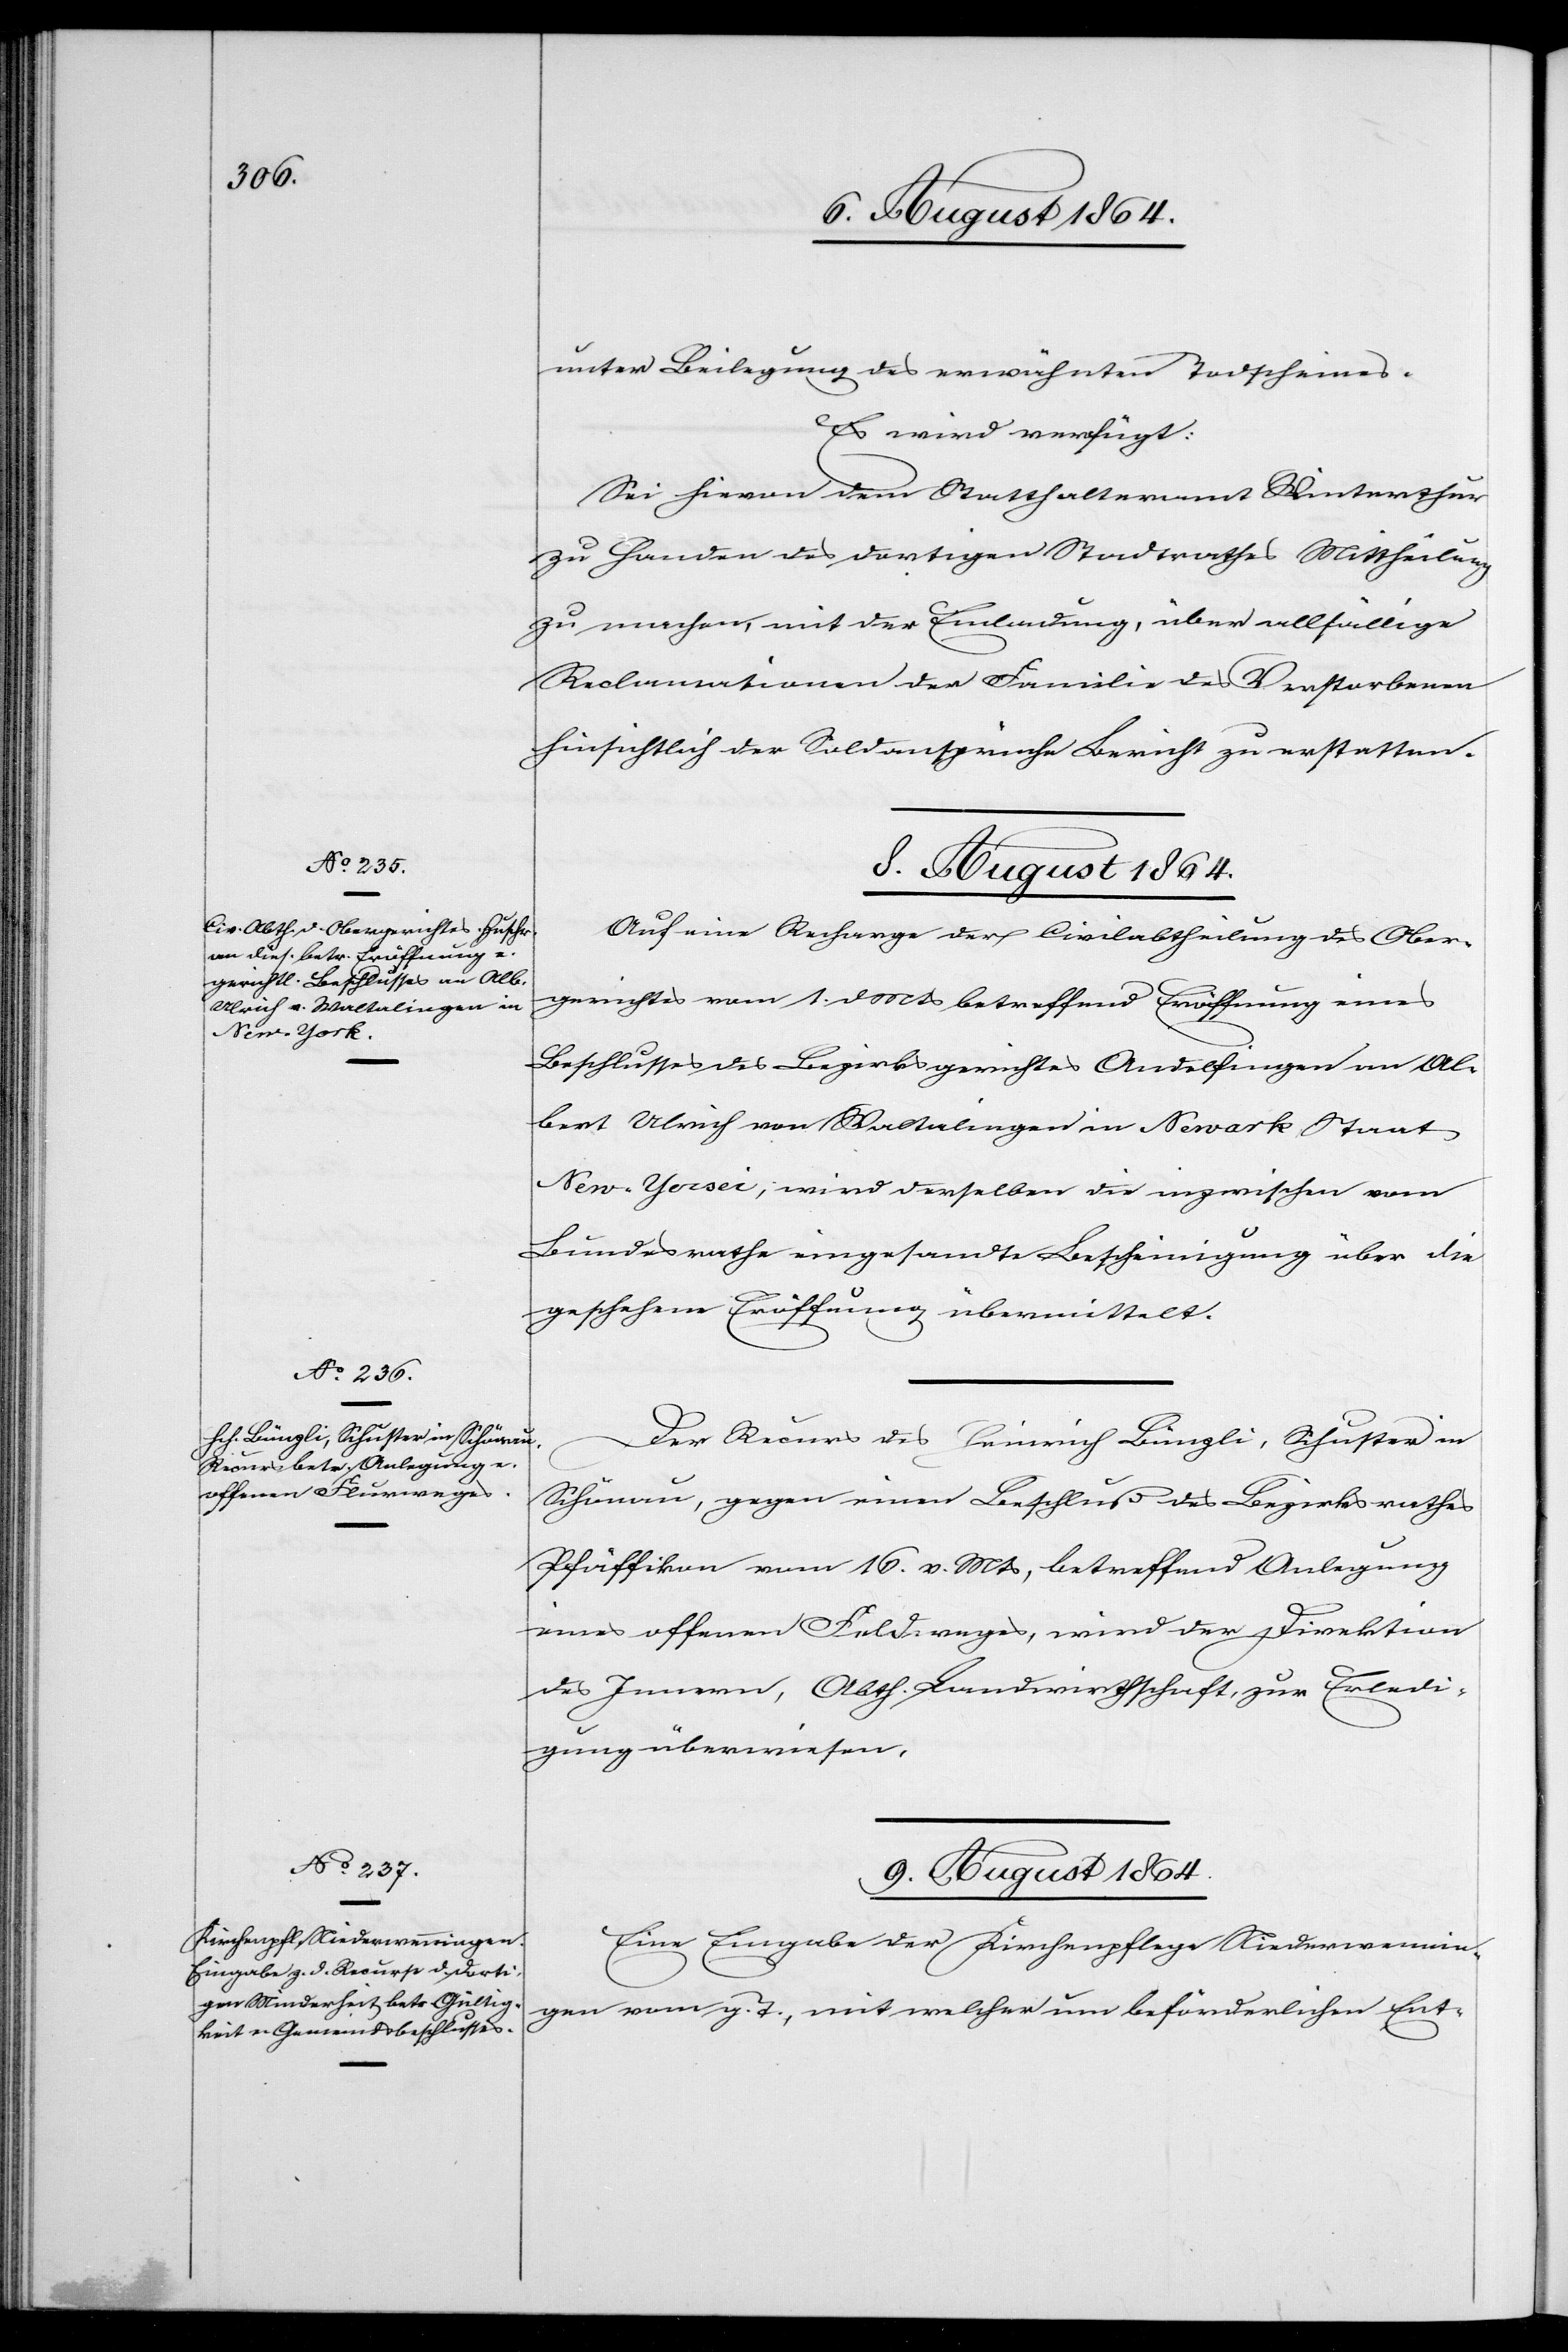
unter Beilegung des erwähnten Todscheines.
Es wird verfügt:
Sei hievon dem Statthalteramt Winterthur
zu Handen des dortigen Stadtrathes Mittheilung
zu machen, mit der Einladung, über allfällige
Reclamationen der Familie des Verstorbenen
hinsichtlich der Soldansprüche Bericht zu erstatten.
8. August 1864.]
Auf eine Anfrage der Civilabtheilung des Ober¬
gerichtes vom 1. d. Mts. betreffend Eröffnung eines
Beschlusses des Bezirksgerichtes Andelfingen an Al¬
bert Ulrich von Waltalingen in Newark Staat
New Jersey], wird derselben die inzwischen vom
Bundesrathe eingesandte Bescheinigung über die
geschehene Eröffnung übermittelt.
Der Recurs des Heinrich Bünzli, Schuster in
Schönau, gegen einen Beschluß des Bezirksrathes
Pfäffikon vom 16. v. Mts., betreffend Anlegung
eines offenen Feldweges, wird der Direktion
des Innern, Abth. Landwirthschaft, zur Erledi¬
gung überwiesen.
9. August 1864.
Eine Eingabe der Kirchenpflege Niederwennin¬
gen vom. g. T., mit welcher um beförderlichen Ent-